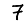
Digit: 7